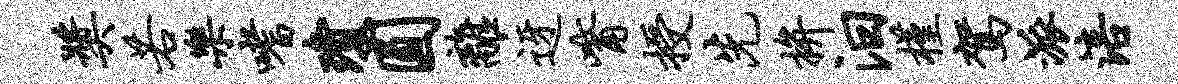
奖若乐嗜琼圆离迓觜授先拚汨槿驾派涪